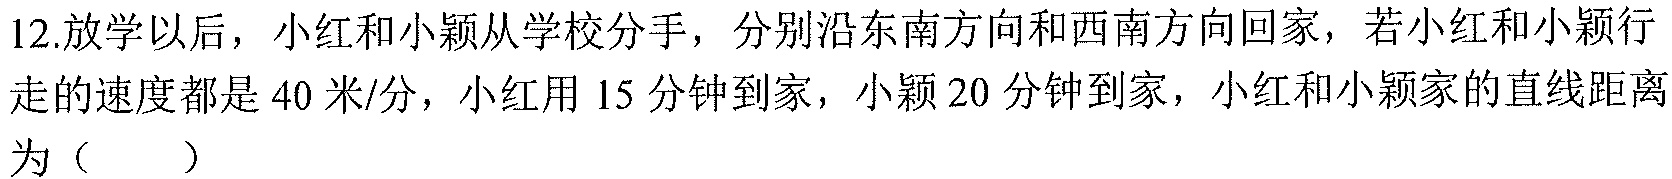
12.放学以后，小红和小颖从学校分手，分别沿东南方向和西南方向回家，若小红和小颖行
走的速度都是40米/分，小红用15分钟到家，小颖20分钟到家，小红和小颖家的直线距离
为（  ）